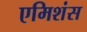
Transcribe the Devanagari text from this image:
एमिशंस